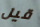
قيل